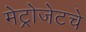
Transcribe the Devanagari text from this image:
मेट्रोजेटचे